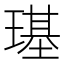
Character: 璂